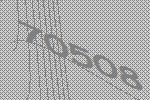
70508